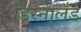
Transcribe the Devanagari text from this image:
डिस्नीलँड